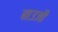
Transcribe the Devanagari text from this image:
बाउजी